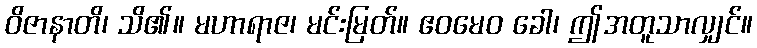
ဝိဇာနာတိ၊ သိ၏။ မဟာရာဇ၊ မင်းမြတ်။ ဧဝမေဝ ခေါ၊ ဤအတူသာလျှင်။